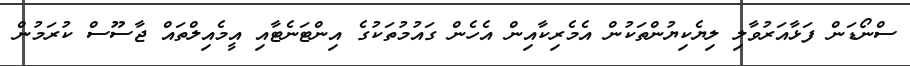
ސްނޯޑަން ފަޅާއަރުވާލި ލިޔެކިޔުންތަކުން އެމެރިކާއިން އެހެން ގައުމުތަކުގެ އިންޓަނެޓާއި އީމެއިލްތައް ޖާސޫސް ކުރަމުން